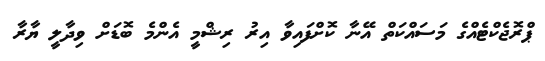
ޕްރޮޖެކްޓެއްގެ މަސައްކަތް އޭނާ ކޮށްފައިވާ އިރު ރިޝްމީ އެންމެ ބޮޑަށް ވިދާލީ ޔާރާ